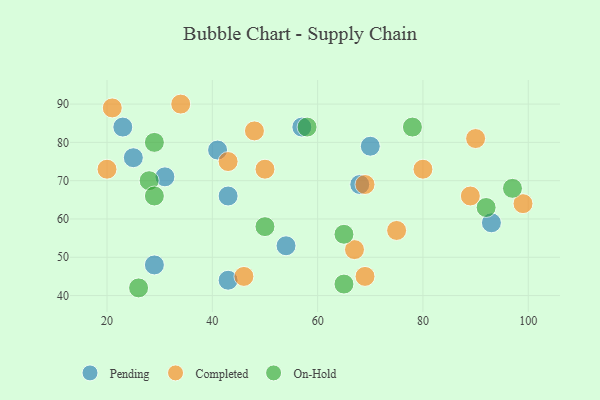
{"axis": {"x": "GDP", "y": "Life Expectancy"}, "legend": ["Completed", "On-Hold", "Pending"], "data": [{"x": "41", "y": 78, "type": "Pending"}, {"x": "68", "y": 69, "type": "Pending"}, {"x": "31", "y": 71, "type": "Pending"}, {"x": "70", "y": 79, "type": "Pending"}, {"x": "57", "y": 84, "type": "Pending"}, {"x": "29", "y": 48, "type": "Pending"}, {"x": "93", "y": 59, "type": "Pending"}, {"x": "43", "y": 66, "type": "Pending"}, {"x": "23", "y": 84, "type": "Pending"}, {"x": "43", "y": 44, "type": "Pending"}, {"x": "25", "y": 76, "type": "Pending"}, {"x": "54", "y": 53, "type": "Pending"}, {"x": "90", "y": 81, "type": "Completed"}, {"x": "69", "y": 69, "type": "Completed"}, {"x": "69", "y": 45, "type": "Completed"}, {"x": "99", "y": 64, "type": "Completed"}, {"x": "34", "y": 90, "type": "Completed"}, {"x": "50", "y": 73, "type": "Completed"}, {"x": "75", "y": 57, "type": "Completed"}, {"x": "48", "y": 83, "type": "Completed"}, {"x": "46", "y": 45, "type": "Completed"}, {"x": "80", "y": 73, "type": "Completed"}, {"x": "43", "y": 75, "type": "Completed"}, {"x": "89", "y": 66, "type": "Completed"}, {"x": "20", "y": 73, "type": "Completed"}, {"x": "67", "y": 52, "type": "Completed"}, {"x": "21", "y": 89, "type": "Completed"}, {"x": "78", "y": 84, "type": "On-Hold"}, {"x": "65", "y": 43, "type": "On-Hold"}, {"x": "50", "y": 58, "type": "On-Hold"}, {"x": "28", "y": 70, "type": "On-Hold"}, {"x": "97", "y": 68, "type": "On-Hold"}, {"x": "29", "y": 80, "type": "On-Hold"}, {"x": "65", "y": 56, "type": "On-Hold"}, {"x": "29", "y": 66, "type": "On-Hold"}, {"x": "26", "y": 42, "type": "On-Hold"}, {"x": "58", "y": 84, "type": "On-Hold"}, {"x": "92", "y": 63, "type": "On-Hold"}]}